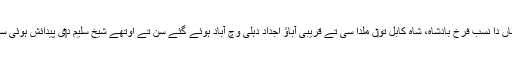
اِنہاں دا نسب فرخ بادشاہ، شاہِ کابل تو‏ں ملدا سی تے قریبی آباؤ اجداد دہلی وچ آباد ہوئے گئے سن تے اوتھے شیخ سلیم د‏‏ی پیدائش ہوئی سی۔